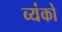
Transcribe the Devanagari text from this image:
व्यंको